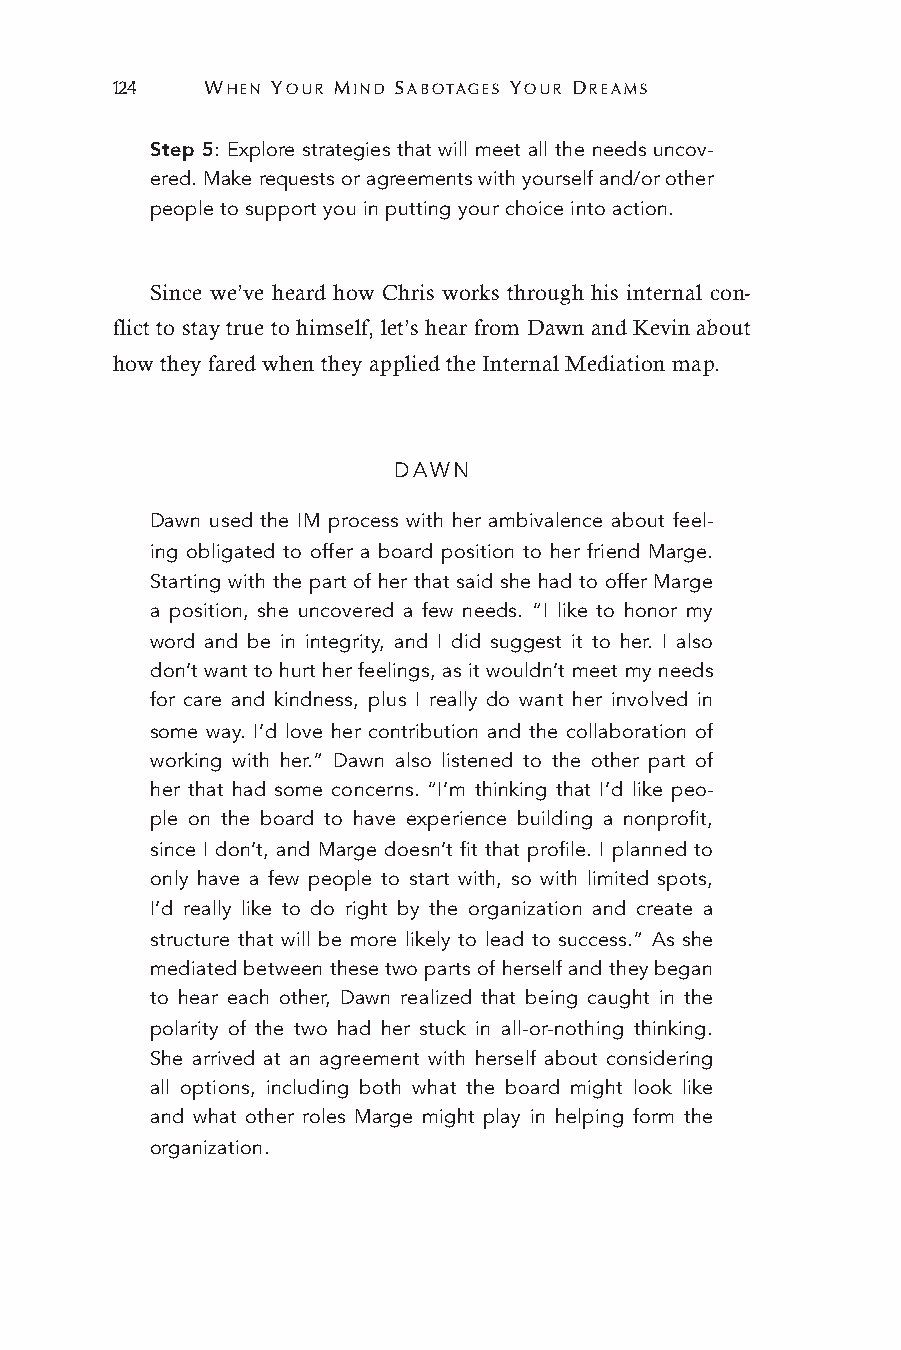
124    WHEN YOUR MIND SABOTAGES YOUR DREAMS
 Step 5: Explore strategies that will meet all the needs uncov-
 ered. Make requests or agreements with yourself and/or other
 people to support you in putting your choice into action.
 Since we’ve heard how Chris works through his internal con-
 flict to stay true to himself, let’s hear from Dawn and Kevin about
 how they fared when they applied the Internal Mediation map.
 DAWN
 Dawn used the IM process with her ambivalence about feel-
 ing obligated to offer a board position to her friend Marge.
 Starting with the part of her that said she had to offer Marge
 a position, she uncovered a few needs. “I like to honor my
 word and be in integrity, and I did suggest it to her. I also
 don’t want to hurt her feelings, as it wouldn’t meet my needs
 for care and kindness, plus I really do want her involved in
 some way. I’d love her contribution and the collaboration of
 working with her.” Dawn also listened to the other part of
 her that had some concerns. “I’m thinking that I’d like peo-
 ple on the board to have experience building a nonprofit,
 since I don’t, and Marge doesn’t fit that profile. I planned to
 only have a few people to start with, so with limited spots,
 I’d really like to do right by the organization and create a
 structure that will be more likely to lead to success.” As she
 mediated between these two parts of herself and they began
 to hear each other, Dawn realized that being caught in the
 polarity of the two had her stuck in all-or-nothing thinking.
 She arrived at an agreement with herself about considering
 all options, including both what the board might look like
 and what other roles Marge might play in helping form the
 organization.